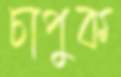
চাপুক